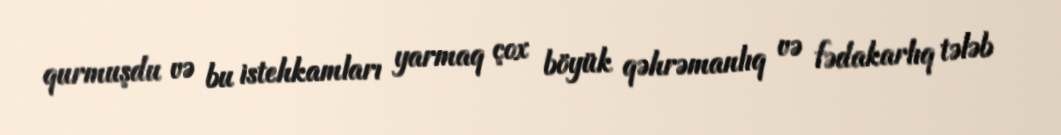
qurmuşdu və bu istehkamları yarmaq çox böyük qəhrəmanlıq və fədakarlıq tələb